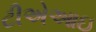
ટીએઆઇ